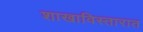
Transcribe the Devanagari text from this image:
शाखाविस्तारात